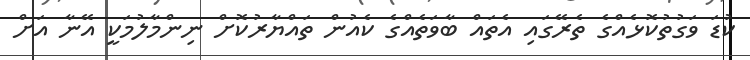
ކުޑަ ވަގުތުކޮޅެއްގެ ތެރޭގައި އެތައް ބާވަތެއްގެ ކެއުން ތައްޔާރުކޮށް ނިންމާލުމަކީ އޭނާ އަށް